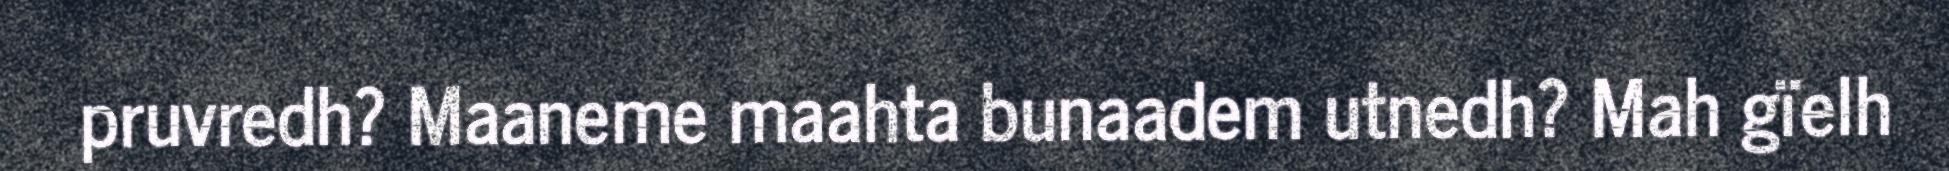
pruvredh? Maaneme maahta bunaadem utnedh? Mah gïelh